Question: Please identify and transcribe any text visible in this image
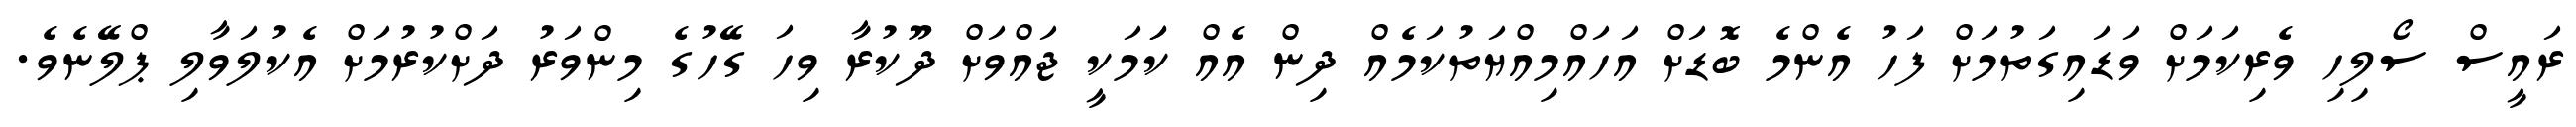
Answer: ރައީސް ސޯލިހި ވެރިކަމަށް ވަޑައިގަތުމަށް ފަހު އެންމެ ބޮޑަށް އަހައްމިއްޔަތުކަމެއް ދިން އެއް ކަަމަކީ ޖައްވަށް ދޫކުރާ ވިހަ ގޭހުގެ މިންވަރު ދަށްކުރުމަށް އެކުލަވާލި ޕްލޭނެވެ.